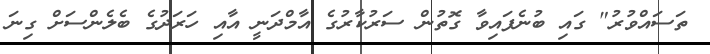
ތަސައްވުރު" ގައި ބުނެފައިވާ ގޮތުން ސަރުކާރުގެ އާމްދަނީ އާއި ހަރަދުގެ ބެލެންސަށް ގިނަ